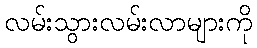
လမ်းသွားလမ်းလာများကို